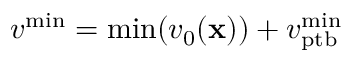
v ^ { \mathrm { m i n } } = \mathrm { m i n } ( v _ { 0 } ( { \bf x } ) ) + v _ { \mathrm { p t b } } ^ { \mathrm { m i n } }